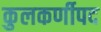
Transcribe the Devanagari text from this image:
कुलकर्णीपद